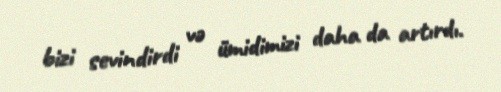
bizi sevindirdi və ümidimizi daha da artırdı.